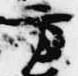
方